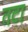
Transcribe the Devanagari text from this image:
तटा